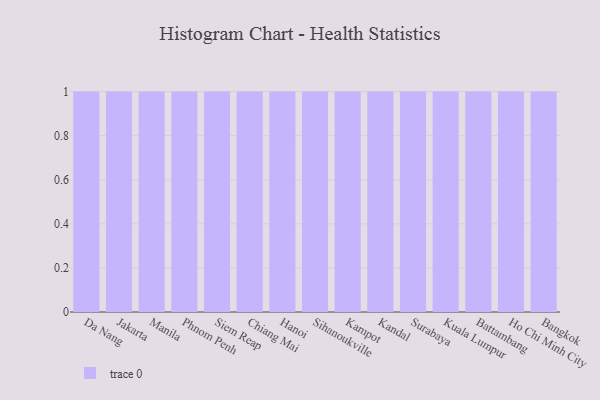
{"axis": {"x": "City", "y": "Operating Costs (USD K)"}, "legend": [""], "data": [{"x": "Da Nang", "y": 54, "type": ""}, {"x": "Jakarta", "y": 47, "type": ""}, {"x": "Manila", "y": 88, "type": ""}, {"x": "Phnom Penh", "y": 95, "type": ""}, {"x": "Siem Reap", "y": 40, "type": ""}, {"x": "Chiang Mai", "y": 76, "type": ""}, {"x": "Hanoi", "y": 1, "type": ""}, {"x": "Sihanoukville", "y": 62, "type": ""}, {"x": "Kampot", "y": 5, "type": ""}, {"x": "Kandal", "y": 61, "type": ""}, {"x": "Surabaya", "y": 68, "type": ""}, {"x": "Kuala Lumpur", "y": 78, "type": ""}, {"x": "Battambang", "y": 4, "type": ""}, {"x": "Ho Chi Minh City", "y": 83, "type": ""}, {"x": "Bangkok", "y": 58, "type": ""}]}